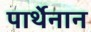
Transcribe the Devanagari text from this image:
पार्थेनान